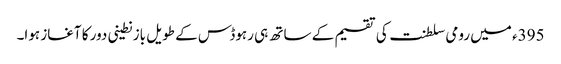
395ء میں رومی سلطنت کی تقسیم کے ساتھ ہی رہوڈس کے طویل بازنطینی دور کا آغاز ہوا۔